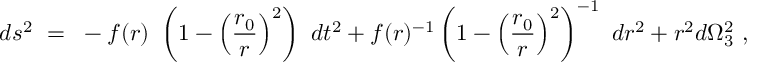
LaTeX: d s ^ { 2 } ~ = ~ - f ( r ) ~ \left( 1 - \left( \frac { r _ { 0 } } { r } \right) ^ { 2 } \right) ~ d t ^ { 2 } + f ( r ) ^ { - 1 } \left( 1 - \left( \frac { r _ { 0 } } { r } \right) ^ { 2 } \right) ^ { - 1 } ~ d r ^ { 2 } + r ^ { 2 } d \Omega _ { 3 } ^ { 2 } ~ ,